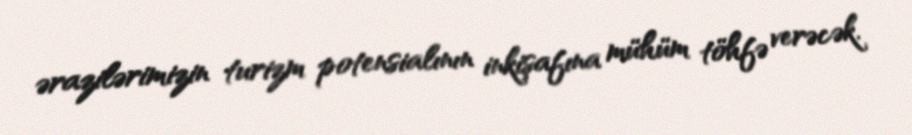
ərazilərimizin turizm potensialının inkişafına mühüm töhfə verəcək.